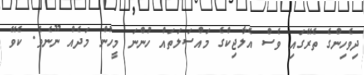
ދިވެހިންގެ ތެރޭގައި ވެސް އެލާޖިކްގެ މައްސަލަތައް ހުންނަ މީހުން މަދެއް ނޫނެވެ. ކެވޭ